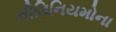
નીતિનિયમોના